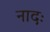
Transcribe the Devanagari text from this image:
नादः